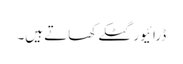
ڈرائیور گٹکے کھاتے ہیں۔